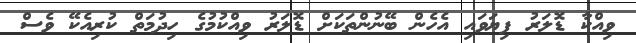
ވިއްކާ ޑޮލަރު ފިޔަވައި އެހެން ބޭނުންތަކަށް ޑޮލަރު ވިއްކުމުގެ ހިދުމަތް ކުރިއެކޭ ވެސް